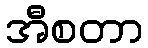
အီစတာ